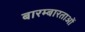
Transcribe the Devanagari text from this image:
बारम्बारताओं